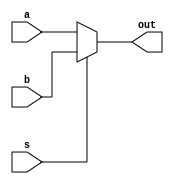
module Mux2(a, b, s, out);
	parameter N = 64;
	input [N - 1 : 0]a;
	input [N - 1 : 0]b;
	input s;

	output [N - 1 : 0]out;

	assign out = s ? b : a;
endmodule

module Mux4(a, b, c, d, s, out);
	parameter N = 512;
	input [N - 1 : 0]a;
	input [N - 1 : 0]b;
	input [N - 1 : 0]c;
	input [N - 1 : 0]d;

	input [1 : 0]s;

	output reg [N - 1 : 0]out;

	always @(*)
	begin
		case(s)
			2'b00: out = a;
			2'b01: out = b;
			2'b10: out = c;
			2'b11: out = d;
			default: out = 2'bxx;
		endcase
	end
endmodule

module Maxi(ans, maxi);
	input [79 : 0]ans;
	output reg [9 : 0]maxi;
	reg [7 : 0]tmp[9 : 0];

	integer i, res;
	always @(*)
	begin

		tmp[0] = ans[0 * 8 + 7 : 0 * 8];
		tmp[1] = ans[1 * 8 + 7 : 1 * 8];
		tmp[2] = ans[2 * 8 + 7 : 2 * 8];
		tmp[3] = ans[3 * 8 + 7 : 3 * 8];
		tmp[4] = ans[4 * 8 + 7 : 4 * 8];
		tmp[5] = ans[5 * 8 + 7 : 5 * 8];
		tmp[6] = ans[6 * 8 + 7 : 6 * 8];
		tmp[7] = ans[7 * 8 + 7 : 7 * 8];
		tmp[8] = ans[8 * 8 + 7 : 8 * 8];
		tmp[9] = ans[9 * 8 + 7 : 9 * 8];

		for (i = 0; i < 10; i = i + 1)
			maxi[i] = 1'b0;
		res = 0;
		for (i = 1; i < 10; i = i + 1)
			if (tmp[i] > tmp[res])
				res = i;
		maxi[res] = 1'b1;
	end
endmodule